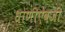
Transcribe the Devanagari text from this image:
धोणीऐवजी